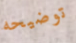
توضيحه